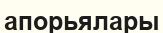
апорьялары